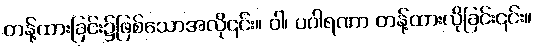
တန့်ထားခြင်း၌ဖြစ်သောအလို၎င်း။ ဝါ၊ ပဝါရဏာ တန့်ထားလိုခြင်း၎င်း။